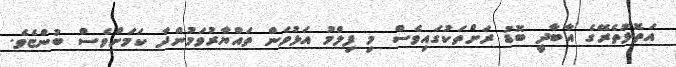
އަތޮޅުތެރޭގެ އާބާދީ ބޮޑު ރަށްތަކުގައިވެސް މި ފިލްމު އަޅުވަން ތައްޔާރުވަމުންދާ ކަމަށްވެސް ބުންޏެވެ.